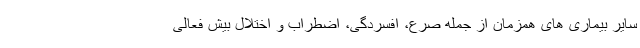
سایر بیماری های همزمان از جمله صرع، افسردگی، اضطراب و اختلال بیش فعالی